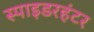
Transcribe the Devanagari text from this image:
स्पाइडरहंटर